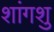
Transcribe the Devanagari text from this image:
शांगशु